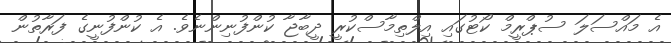
އެ މައްސަލަ ސުޕްރީމް ކޯޓުގައި އިލްތިމާސްކުރީ ދީބާޖާ ކުންފުނިންނެވެ. އެ ކުންފުނީގެ ފަރާތުން